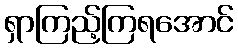
ရှာကြည့်ကြရအောင်